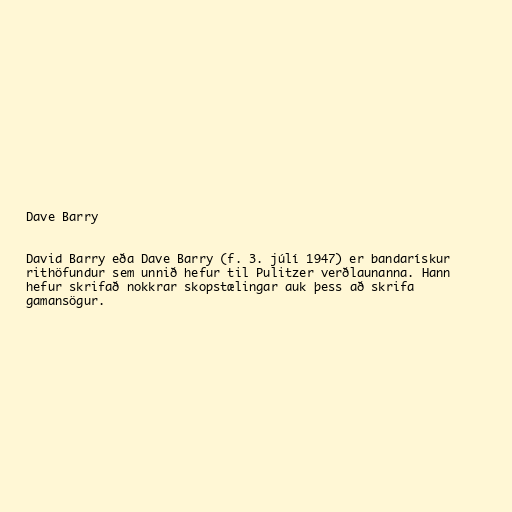
Dave Barry

David Barry eða Dave Barry (f. 3. júlí 1947) er bandarískur
rithöfundur sem unnið hefur til Pulitzer verðlaunanna. Hann
hefur skrifað nokkrar skopstælingar auk þess að skrifa
gamansögur.